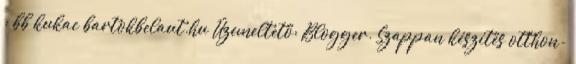
: bb kukac bartokbelaut.hu Üzemeltető: Blogger. Szappan készítés otthon-